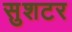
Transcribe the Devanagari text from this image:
सुशटर